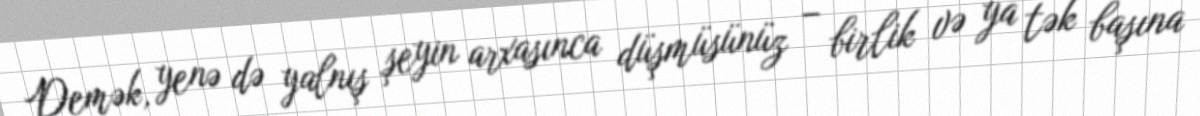
Demək, yenə də yalnış şeyin arxasınca düşmüsünüz – birlik və ya tək başına